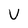
Character: V